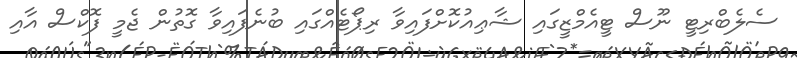
ސެލެބްރިޓީ ނޫސް ޓީއެމްޒީގައި ޝާޢިއުކޮށްފައިވާ ރިޕޯޓެއްގައި ބުނެފައިވާ ގޮތުން ޖެމީ ފޮކްސް އާއި